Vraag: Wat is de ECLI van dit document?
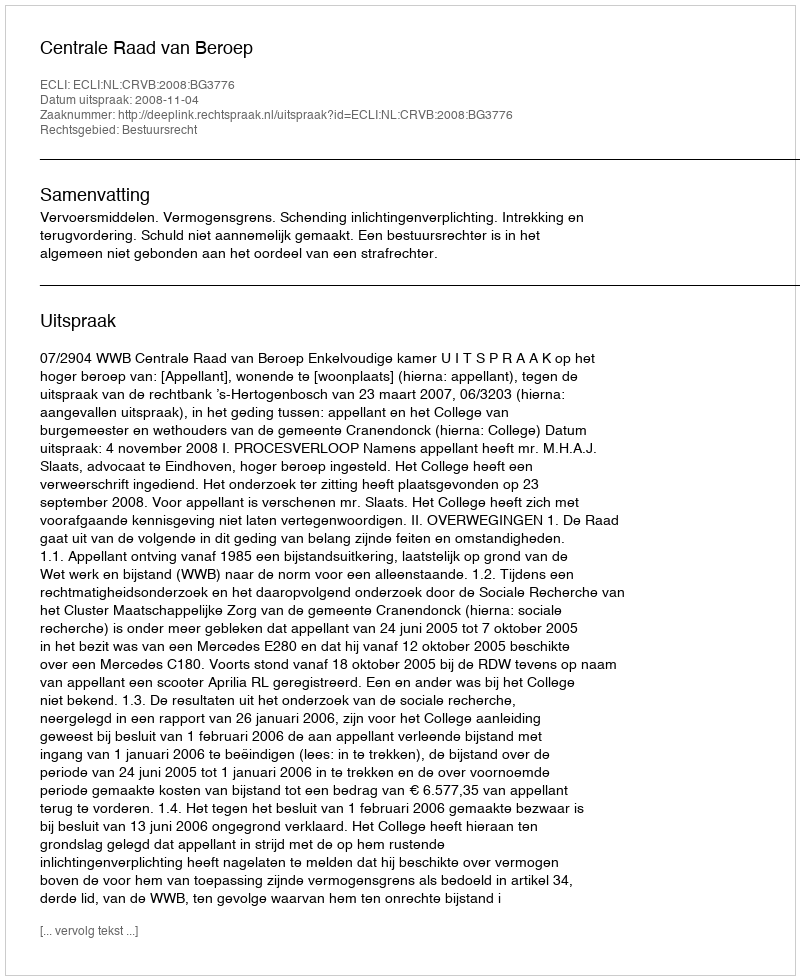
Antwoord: ECLI:NL:CRVB:2008:BG3776